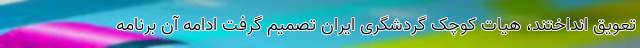
تعویق انداختند، هیات کوچک گردشگری ایران تصمیم گرفت ادامه آن برنامه